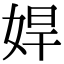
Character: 娨